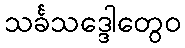
သင်္ခသဒ္ဒေါတွေဝ